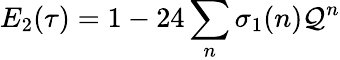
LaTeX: E_{2}(\tau)=1-24\sum_{n}\sigma_{1}(n)\mathcal{Q}^{n}